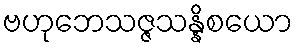
ဗဟုဘေသဇ္ဇသန္နိစယော